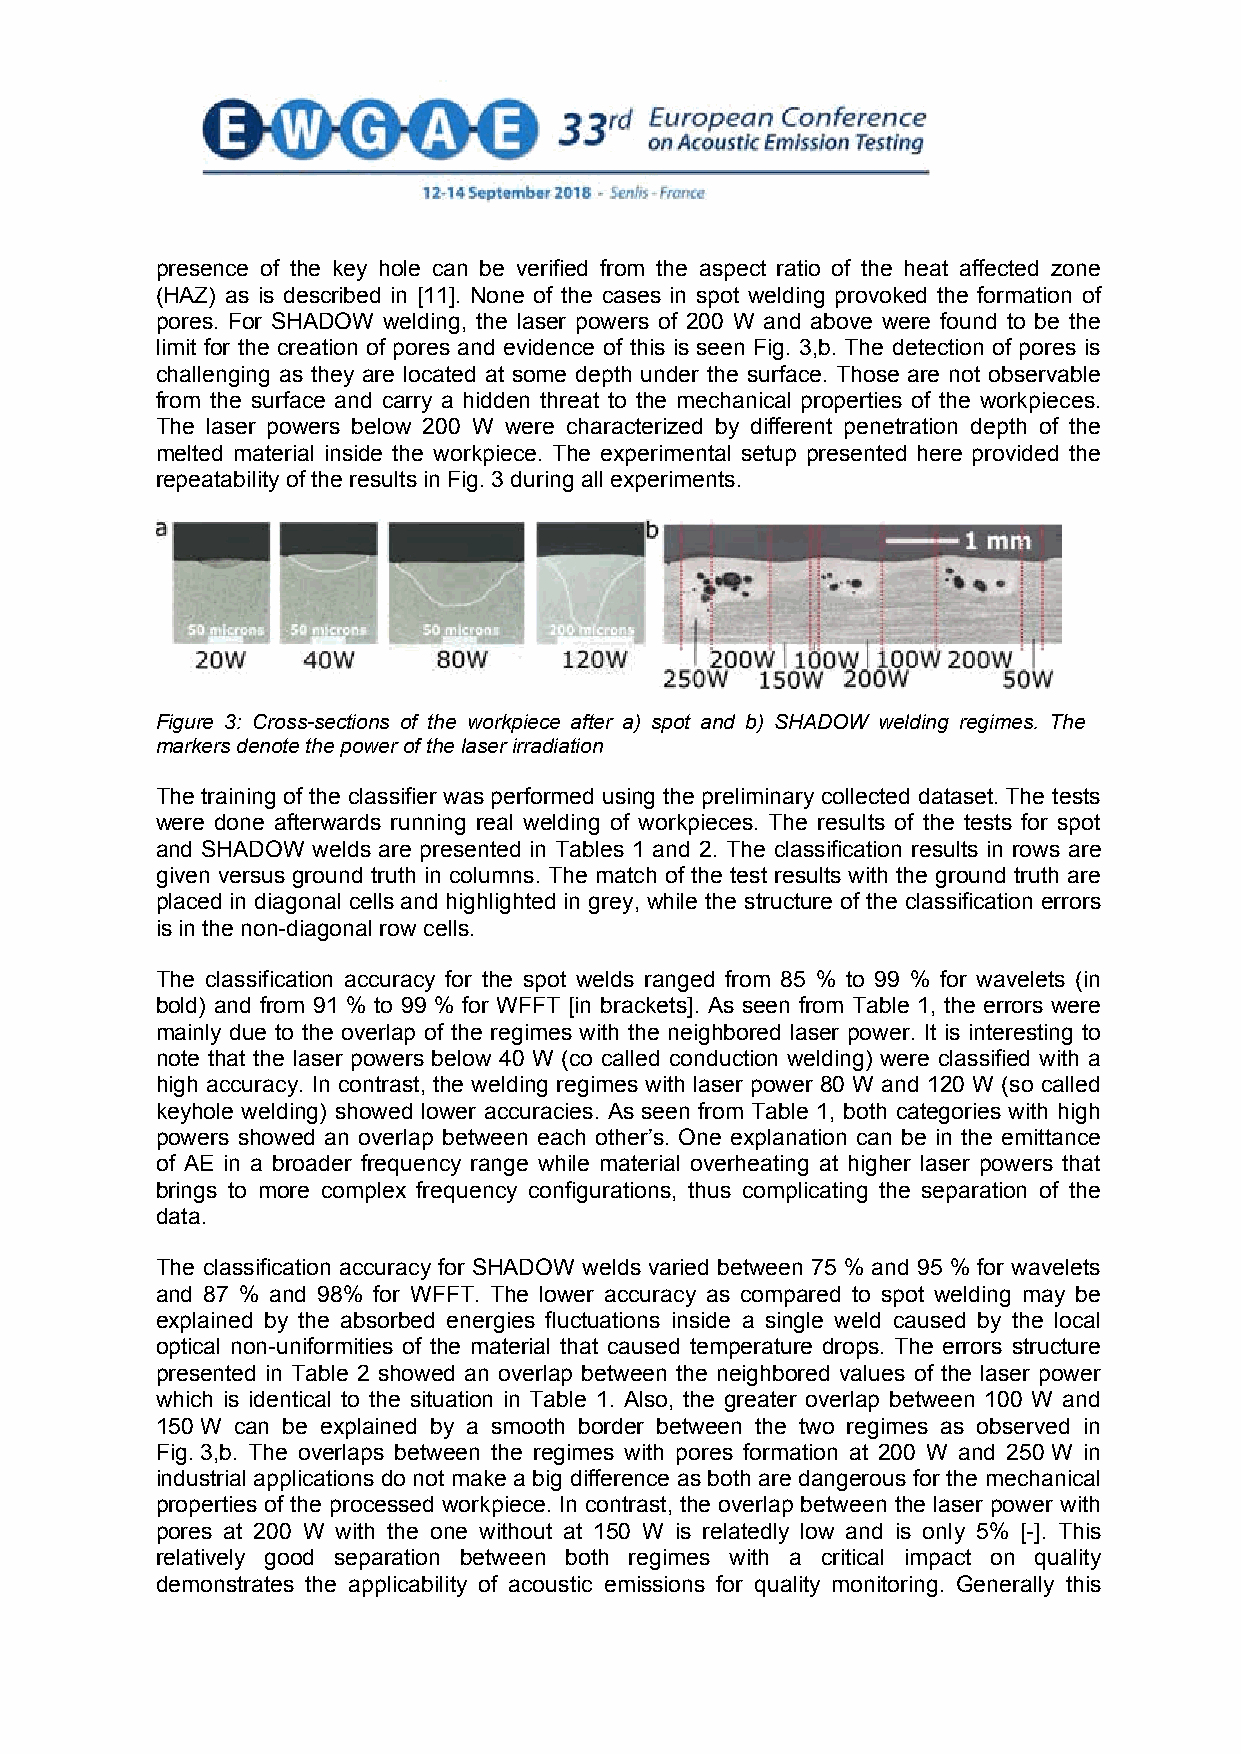
presence of the key hole can be verified from the aspect ratio of the heat affected zone
 (HAZ) as is described in [11]. None of the cases in spot welding provoked the formation of
 pores. For SHADOW welding, the laser powers of 200 W and above were found to be the
 limit for the creation of pores and evidence of this is seen Fig. 3,b. The detection of pores is
 challenging as they are located at some depth under the surface. Those are not observable
 from the surface and carry a hidden threat to the mechanical properties of the workpieces.
 The laser powers below 200 W were characterized by different penetration depth of the
 melted material inside the workpiece. The experimental setup presented here provided the
 repeatability of the results in Fig. 3 during all experiments.
 Figure 3: Cross-sections of the workpiece after a) spot and b) SHADOW welding regimes. The
 markers denote the power of the laser irradiation
 The training of the classifier was performed using the preliminary collected dataset. The tests
 were done afterwards running real welding of workpieces. The results of the tests for spot
 and SHADOW welds are presented in Tables 1 and 2. The classification results in rows are
 given versus ground truth in columns. The match of the test results with the ground truth are
 placed in diagonal cells and highlighted in grey, while the structure of the classification errors
 is in the non-diagonal row cells.
 The classification accuracy for the spot welds ranged from 85 % to 99 % for wavelets (in
 bold) and from 91 % to 99 % for WFFT [in brackets]. As seen from Table 1, the errors were
 mainly due to the overlap of the regimes with the neighbored laser power. It is interesting to
 note that the laser powers below 40 W (co called conduction welding) were classified with a
 high accuracy. In contrast, the welding regimes with laser power 80 W and 120 W (so called
 keyhole welding) showed lower accuracies. As seen from Table 1, both categories with high
 powers showed an overlap between each other’s. One explanation can be in the emittance
 of AE in a broader frequency range while material overheating at higher laser powers that
 brings to more complex frequency configurations, thus complicating the separation of the
 data.
 The classification accuracy for SHADOW welds varied between 75 % and 95 % for wavelets
 and 87 % and 98% for WFFT. The lower accuracy as compared to spot welding may be
 explained by the absorbed energies fluctuations inside a single weld caused by the local
 optical non-uniformities of the material that caused temperature drops. The errors structure
 presented in Table 2 showed an overlap between the neighbored values of the laser power
 which is identical to the situation in Table 1. Also, the greater overlap between 100 W and
 150 W can be explained by a smooth border between the two regimes as observed in
 Fig. 3,b. The overlaps between the regimes with pores formation at 200 W and 250 W in
 industrial applications do not make a big difference as both are dangerous for the mechanical
 properties of the processed workpiece. In contrast, the overlap between the laser power with
 pores at 200 W with the one without at 150 W is relatedly low and is only 5% [-]. This
 relatively good separation between both regimes with a critical impact on quality
 demonstrates the applicability of acoustic emissions for quality monitoring. Generally this
 7